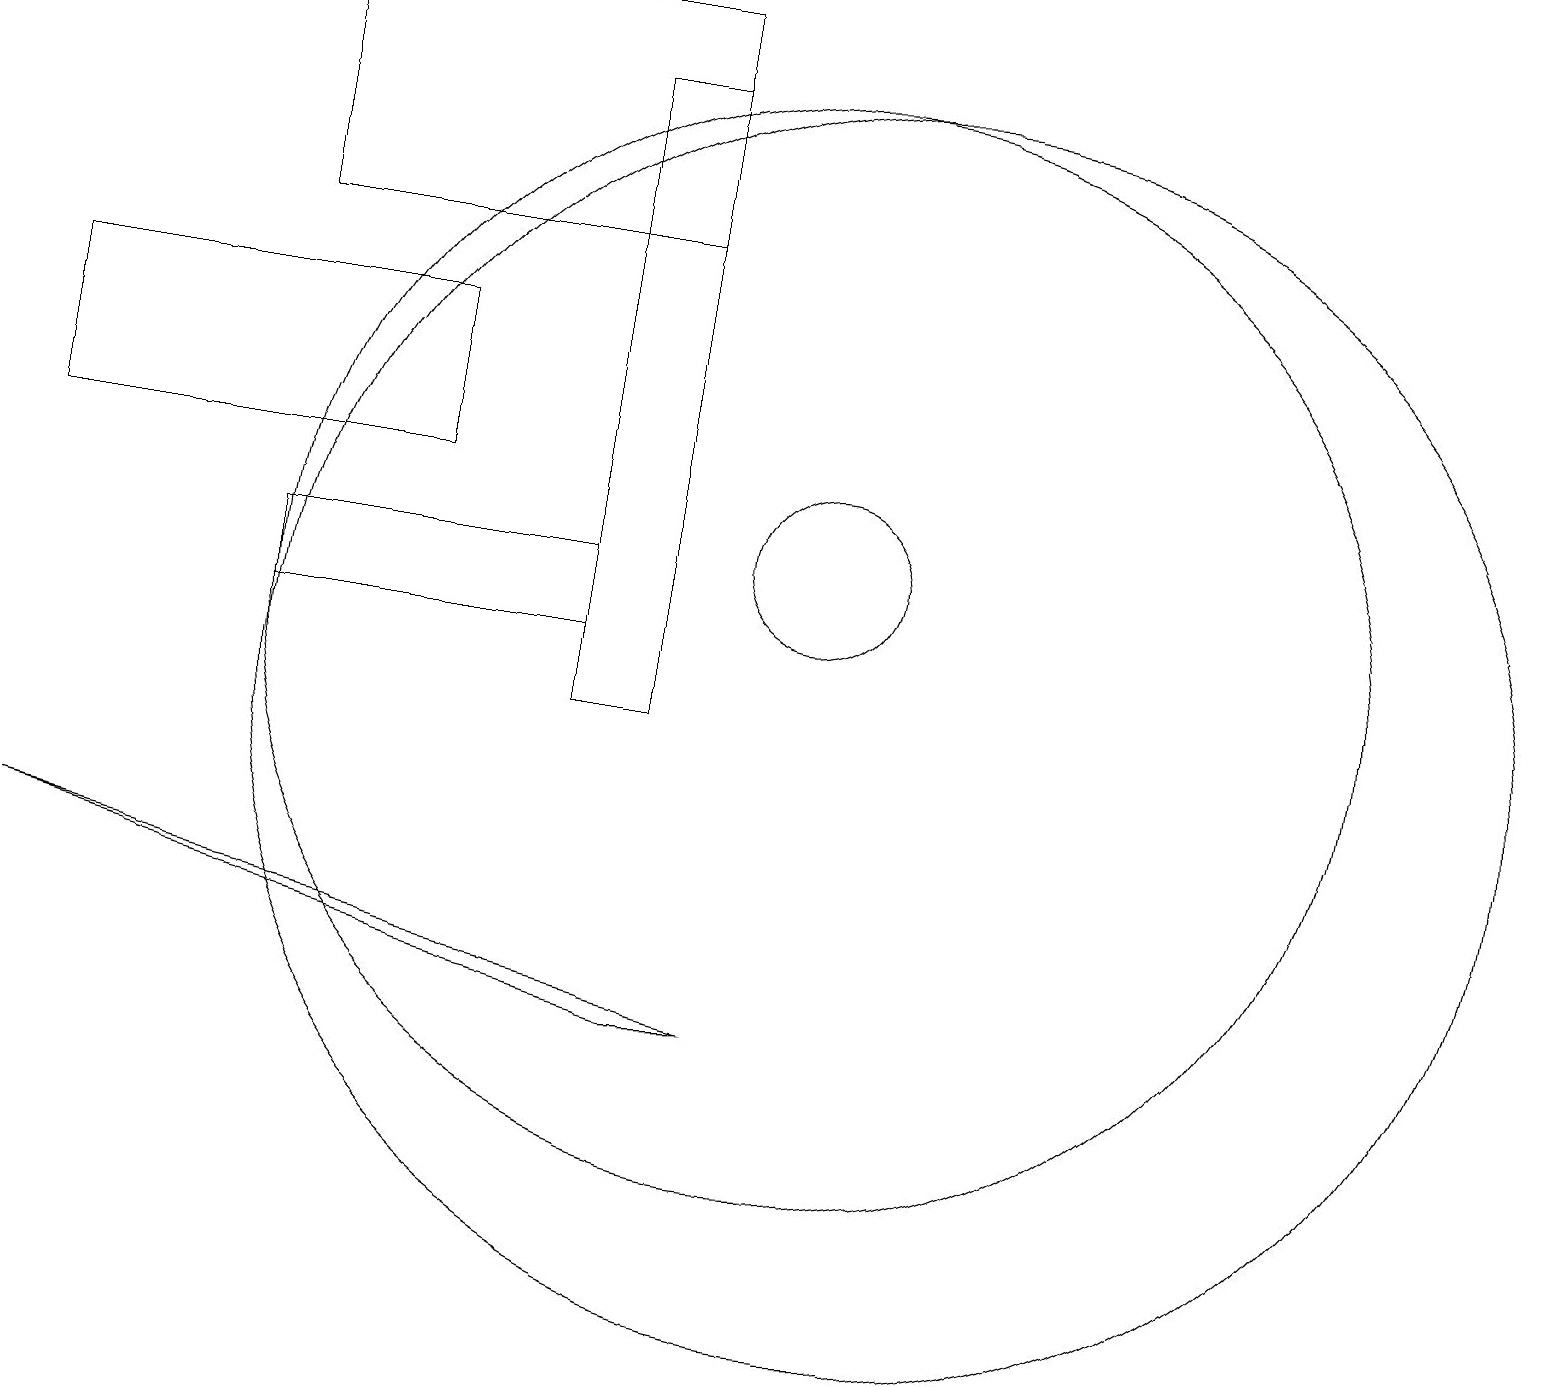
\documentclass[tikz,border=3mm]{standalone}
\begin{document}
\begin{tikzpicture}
\draw (3,11) rectangle (7,12);
\draw (10,12) circle (1);
\draw (0,13) rectangle (5,15);
\draw (11,10) circle (8);
\draw (8,6) -- (0,8) -- (9,6) -- cycle;
\draw (10,11) circle (7);
\draw (8,16) rectangle (3,19);
\draw (7,18) rectangle (8,10);
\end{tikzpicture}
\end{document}